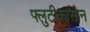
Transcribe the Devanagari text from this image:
फ्लुटीकासोन